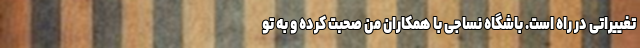
تغییراتی در راه است. باشگاه نساجی با همکاران من صحبت کرده و به تو